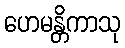
ဟေမန္တိကာသု